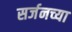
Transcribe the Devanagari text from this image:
सर्जनच्या